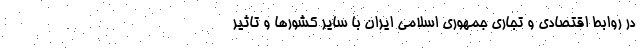
در روابط اقتصادی و تجاری جمهوری اسلامی ایران با سایر کشورها و تاثیر